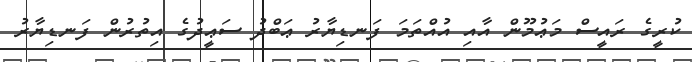
ކުރީގެ ރައީސް މަޢުމޫން އާއި އުއްތަމަ ފަނޑިޔާރު ޢަބްދު ސަޢީދުގެ އިތުރުން ފަނޑިޔާރު